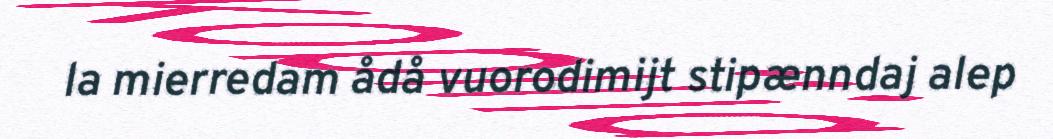
la mierredam ådå vuorodimijt stipænndaj alep